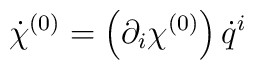
{\dot\chi}^{(0)}=\left(\partial_i \chi^{(0)}\right) {\dot q}^i